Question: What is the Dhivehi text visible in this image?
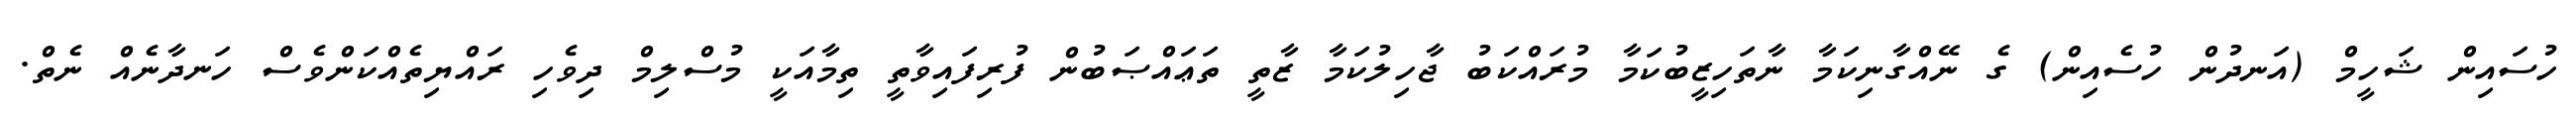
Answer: ހުސައިން ޝަހީމް (އަނދުން ހުސެއިން) ގެ ނޭއްގާނިކަމާ ނާތަހިޒީބުކަމާ މުރައްކަބު ޖާހިލުކަމާ ޒާތީ ތަޢައްޞަބުން ފުރިފައިވާތީ ތިމާއަކީ މުސްލިމް ދިވެހި ރައްޔިތެއްކަންވެސް ހަނދާނެއް ނެތް.